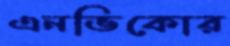
এনভিকোর